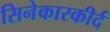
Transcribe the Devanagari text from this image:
सिनेकारकीर्द